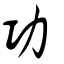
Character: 功